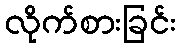
လိုက်စားခြင်း